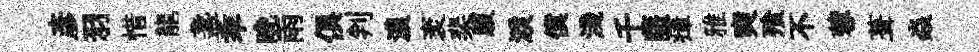
彥羽惜龍盞乖晩雨俱判濃袤棐腹淚僕淺千薩瘴雅奭飱不蓉葺焱